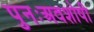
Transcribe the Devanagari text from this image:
पुनःअवशोषी